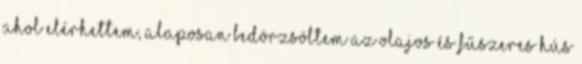
ahol elérhettem, alaposan bedörzsöltem az olajos és fűszeres hús